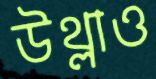
উথ্‌লাও